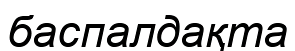
баспалдақта